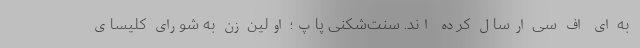
به ای اف سی ارسال کرده اند. سنت‌شکنی پاپ؛ اولین زن به شورای کلیسای